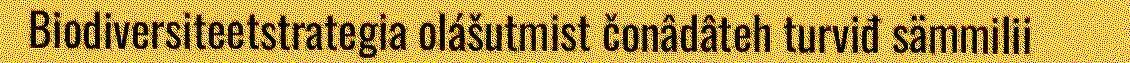
Biodiversiteetstrategia olášutmist čonâdâteh turviđ sämmilii